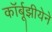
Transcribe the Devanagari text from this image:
कॉर्बूझीयेने